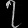
Digit: ၇